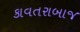
કાવતરાબાજ